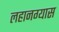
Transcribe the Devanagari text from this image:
लहानग्यास